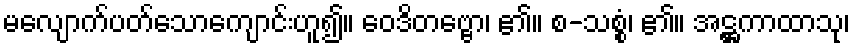
မလျောက်ပတ်သောကျောင်းဟူ၍။ ဝေဒိတဗ္ဗော၊ ၏။ စ-သစ္စံ၊ ၏။ အဋ္ဌကာထာသု၊